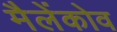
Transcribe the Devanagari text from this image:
मैलेंकोव